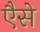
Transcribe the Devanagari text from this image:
एैसे